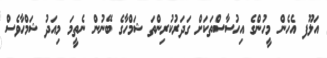
އަލޫފ އެހެން މީހުންގެ އިހުސާސްތަކަށް ގަދަރުކުރިންތަ ޝަމްހާގެ ބޭނުން ނެތީމަ މިއަދު ޝަމްހާވެސް